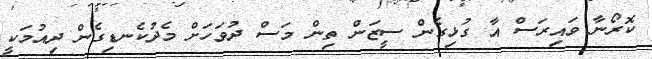
ކޮރޯނާ ވައިރަސް އާ ގުޅިގެން ސީޒަން ތިން މަސް ދުވަހަށް މެދުކެނޑިގެން ދިއުމަކީ